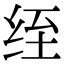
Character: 绖